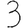
Digit: 3